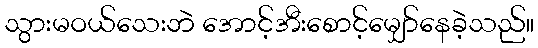
သွားမဝယ်သေးဘဲ အောင့်အီးစောင့်မျှော်နေခဲ့သည်။